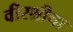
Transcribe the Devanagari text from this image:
वीरश्रीचा